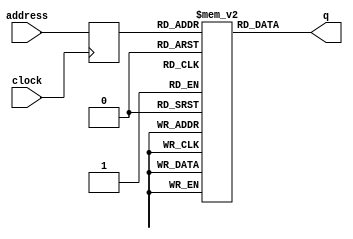
//This file was created by a tool wrietten with C.
module sim_rom (
    address,
    clock,
    q);
    input    [10:0]  address;
    input      clock;
    output    [11:0]  q;
    
reg [10:0]    address_latched;
// Instantiate the memory array itself.
reg [11:0]    mem[0:2048-1];
initial begin 
mem[0000] = 12'b101001100101;
mem[0001] = 12'b101000000011;
mem[0002] = 12'b101000011010;
mem[0003] = 12'b001000001110;
mem[0004] = 12'b000001101001;
mem[0005] = 12'b000010001101;
mem[0006] = 12'b011000000011;
mem[0007] = 12'b101000001011;
mem[0008] = 12'b001000001101;
mem[0009] = 12'b000000101000;
mem[0010] = 12'b101000010111;
mem[0011] = 12'b000001101000;
mem[0012] = 12'b110000001000;
mem[0013] = 12'b000000101111;
mem[0014] = 12'b001101101101;
mem[0015] = 12'b001101101000;
mem[0016] = 12'b001000001110;
mem[0017] = 12'b000010001000;
mem[0018] = 12'b011000000011;
mem[0019] = 12'b000000101000;
mem[0020] = 12'b001101101001;
mem[0021] = 12'b001011101111;
mem[0022] = 12'b101000001110;
mem[0023] = 12'b010010100011;
mem[0024] = 12'b010011000011;
mem[0025] = 12'b101001101110;
mem[0026] = 12'b001000001101;
mem[0027] = 12'b000000101000;
mem[0028] = 12'b001000101000;
mem[0029] = 12'b011001000011;
mem[0030] = 12'b101001000100;
mem[0031] = 12'b110000000001;
mem[0032] = 12'b000010001000;
mem[0033] = 12'b011001000011;
mem[0034] = 12'b101001000111;
mem[0035] = 12'b110000000010;
mem[0036] = 12'b000010001000;
mem[0037] = 12'b011001000011;
mem[0038] = 12'b101001001010;
mem[0039] = 12'b110000000011;
mem[0040] = 12'b000010001000;
mem[0041] = 12'b011001000011;
mem[0042] = 12'b101001001101;
mem[0043] = 12'b110000000100;
mem[0044] = 12'b000010001000;
mem[0045] = 12'b011001000011;
mem[0046] = 12'b101001010000;
mem[0047] = 12'b110000000101;
mem[0048] = 12'b000010001000;
mem[0049] = 12'b011001000011;
mem[0050] = 12'b101001010011;
mem[0051] = 12'b110000000110;
mem[0052] = 12'b000010001000;
mem[0053] = 12'b011001000011;
mem[0054] = 12'b101001010110;
mem[0055] = 12'b110000000111;
mem[0056] = 12'b000010001000;
mem[0057] = 12'b011001000011;
mem[0058] = 12'b101001011001;
mem[0059] = 12'b110000001000;
mem[0060] = 12'b000010001000;
mem[0061] = 12'b011001000011;
mem[0062] = 12'b101001011100;
mem[0063] = 12'b110000001001;
mem[0064] = 12'b000010001000;
mem[0065] = 12'b011001000011;
mem[0066] = 12'b101001011111;
mem[0067] = 12'b101001100010;
mem[0068] = 12'b110000110000;
mem[0069] = 12'b000000111111;
mem[0070] = 12'b101001100010;
mem[0071] = 12'b110000110001;
mem[0072] = 12'b000000111111;
mem[0073] = 12'b101001100010;
mem[0074] = 12'b110000110010;
mem[0075] = 12'b000000111111;
mem[0076] = 12'b101001100010;
mem[0077] = 12'b110000110011;
mem[0078] = 12'b000000111111;
mem[0079] = 12'b101001100010;
mem[0080] = 12'b110000110100;
mem[0081] = 12'b000000111111;
mem[0082] = 12'b101001100010;
mem[0083] = 12'b110000110101;
mem[0084] = 12'b000000111111;
mem[0085] = 12'b101001100010;
mem[0086] = 12'b110000110110;
mem[0087] = 12'b000000111111;
mem[0088] = 12'b101001100010;
mem[0089] = 12'b110000110111;
mem[0090] = 12'b000000111111;
mem[0091] = 12'b101001100010;
mem[0092] = 12'b110000111000;
mem[0093] = 12'b000000111111;
mem[0094] = 12'b101001100010;
mem[0095] = 12'b110000111001;
mem[0096] = 12'b000000111111;
mem[0097] = 12'b101001100010;
mem[0098] = 12'b010010100011;
mem[0099] = 12'b010011000011;
mem[0100] = 12'b101001110011;
mem[0101] = 12'b000001100100;
mem[0102] = 12'b000001101011;
mem[0103] = 12'b000001101100;
mem[0104] = 12'b001010101011;
mem[0105] = 12'b001000001011;
mem[0106] = 12'b000000101101;
mem[0107] = 12'b110000001010;
mem[0108] = 12'b000000101110;
mem[0109] = 12'b101000000001;
mem[0110] = 12'b001000001000;
mem[0111] = 12'b000000101011;
mem[0112] = 12'b001000001011;
mem[0113] = 12'b000000101101;
mem[0114] = 12'b101000000010;
mem[0115] = 12'b101001101000;
mem[0116] = 12'b000000000011;
mem[2047] = 12'b101000000000;
end
// Latch address
always @(posedge clock)
   address_latched <= address;
   
// READ
assign q = mem[address_latched];

endmodule

/*
0000: GOTO 101
0001: GOTO 3
0002: GOTO 26
0003: MOVFW 0x0e
0004: CLRF 0x09
0005: SUBWFW 0x0d
0006: BTFSC STATUS  [0]
0007: GOTO 11
0008: MOVFW 0x0d
0009: MOVWF 0x08
0010: GOTO 23
0011: CLRF 0x08
0012: MOVLW 8
0013: MOVWF 0x0f
0014: RLFF 0x0d
0015: RLFF 0x08
0016: MOVFW 0x0e
0017: SUBWFW 0x08
0018: BTFSC STATUS  [0]
0019: MOVWF 0x08
0020: RLFF 0x09
0021: DECFSZF 0x0f  [7]
0022: GOTO 14
0023: BCF STATUS  [5]
0024: BCF STATUS  [6]
0025: GOTO 110
0026: MOVFW 0x0d
0027: MOVWF 0x08
0028: MOVFF 0x08
0029: BTFSC STATUS  [2]
0030: GOTO 68
0031: MOVLW 1
0032: SUBWFW 0x08
0033: BTFSC STATUS  [2]
0034: GOTO 71
0035: MOVLW 2
0036: SUBWFW 0x08
0037: BTFSC STATUS  [2]
0038: GOTO 74
0039: MOVLW 3
0040: SUBWFW 0x08
0041: BTFSC STATUS  [2]
0042: GOTO 77
0043: MOVLW 4
0044: SUBWFW 0x08
0045: BTFSC STATUS  [2]
0046: GOTO 80
0047: MOVLW 5
0048: SUBWFW 0x08
0049: BTFSC STATUS  [2]
0050: GOTO 83
0051: MOVLW 6
0052: SUBWFW 0x08
0053: BTFSC STATUS  [2]
0054: GOTO 86
0055: MOVLW 7
0056: SUBWFW 0x08
0057: BTFSC STATUS  [2]
0058: GOTO 89
0059: MOVLW 8
0060: SUBWFW 0x08
0061: BTFSC STATUS  [2]
0062: GOTO 92
0063: MOVLW 9
0064: SUBWFW 0x08
0065: BTFSC STATUS  [2]
0066: GOTO 95
0067: GOTO 98
0068: MOVLW 48
0069: MOVWF 0x1f
0070: GOTO 98
0071: MOVLW 49
0072: MOVWF 0x1f
0073: GOTO 98
0074: MOVLW 50
0075: MOVWF 0x1f
0076: GOTO 98
0077: MOVLW 51
0078: MOVWF 0x1f
0079: GOTO 98
0080: MOVLW 52
0081: MOVWF 0x1f
0082: GOTO 98
0083: MOVLW 53
0084: MOVWF 0x1f
0085: GOTO 98
0086: MOVLW 54
0087: MOVWF 0x1f
0088: GOTO 98
0089: MOVLW 55
0090: MOVWF 0x1f
0091: GOTO 98
0092: MOVLW 56
0093: MOVWF 0x1f
0094: GOTO 98
0095: MOVLW 57
0096: MOVWF 0x1f
0097: GOTO 98
0098: BCF STATUS  [5]
0099: BCF STATUS  [6]
0100: GOTO 115
0101: CLRF FSR
0102: CLRF 0x0b
0103: CLRF 0x0c
0104: INCFF 0x0b
0105: MOVFW 0x0b
0106: MOVWF 0x0d
0107: MOVLW 10
0108: MOVWF 0x0e
0109: GOTO 1
0110: MOVFW 0x08
0111: MOVWF 0x0b
0112: MOVFW 0x0b
0113: MOVWF 0x0d
0114: GOTO 2
0115: GOTO 104
0116: NOP
2047: GOTO 0
*/
/*
covered instructions:

GOTO
MOVFW
CLRF
SUBWFW
BTFSC
MOVWF
MOVLW
RLFF
DECFSZF
BCF
MOVFF
INCFF
NOP
*/